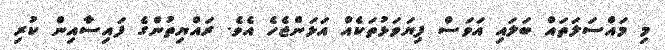
މި މައްސަލަތައް ބަލައި އަވަސް ފިޔަވަޅުތަކެއް އަޅަންޖެހެ އެވެ. ރައްޔިތުންގެ ފައިސާއިން ކުރި